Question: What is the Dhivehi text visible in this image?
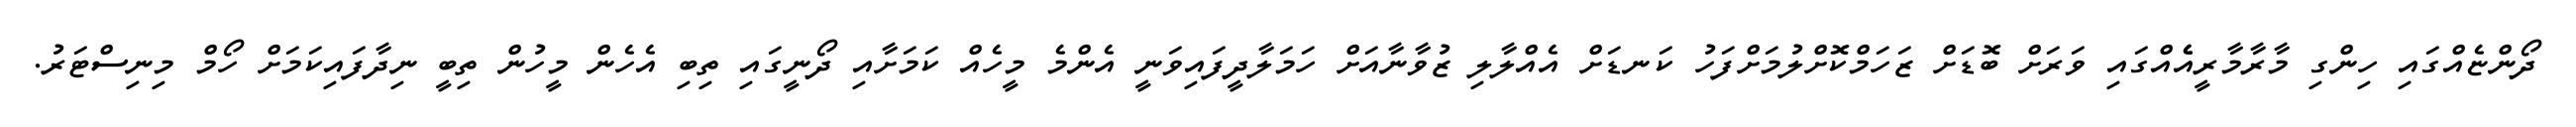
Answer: ދޯންޏެއްގައި ހިންގި މާރާމާރީއެެއްގައި ވަރަށް ބޮޑަށް ޒަހަމްކޮށްލުމަށްފަހު ކަނޑަށް އެއްލާލި ޒުވާނާއަށް ހަމަލާދީފައިވަނީ އެންމެ މީހެއް ކަމަށާއި ދޯނީގައި ތިބި އެހެން މީހުން ތިބީ ނިދާފައިކަމަށް ހޯމް މިނިސްޓަރު.